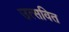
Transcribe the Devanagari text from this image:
उत्सवित